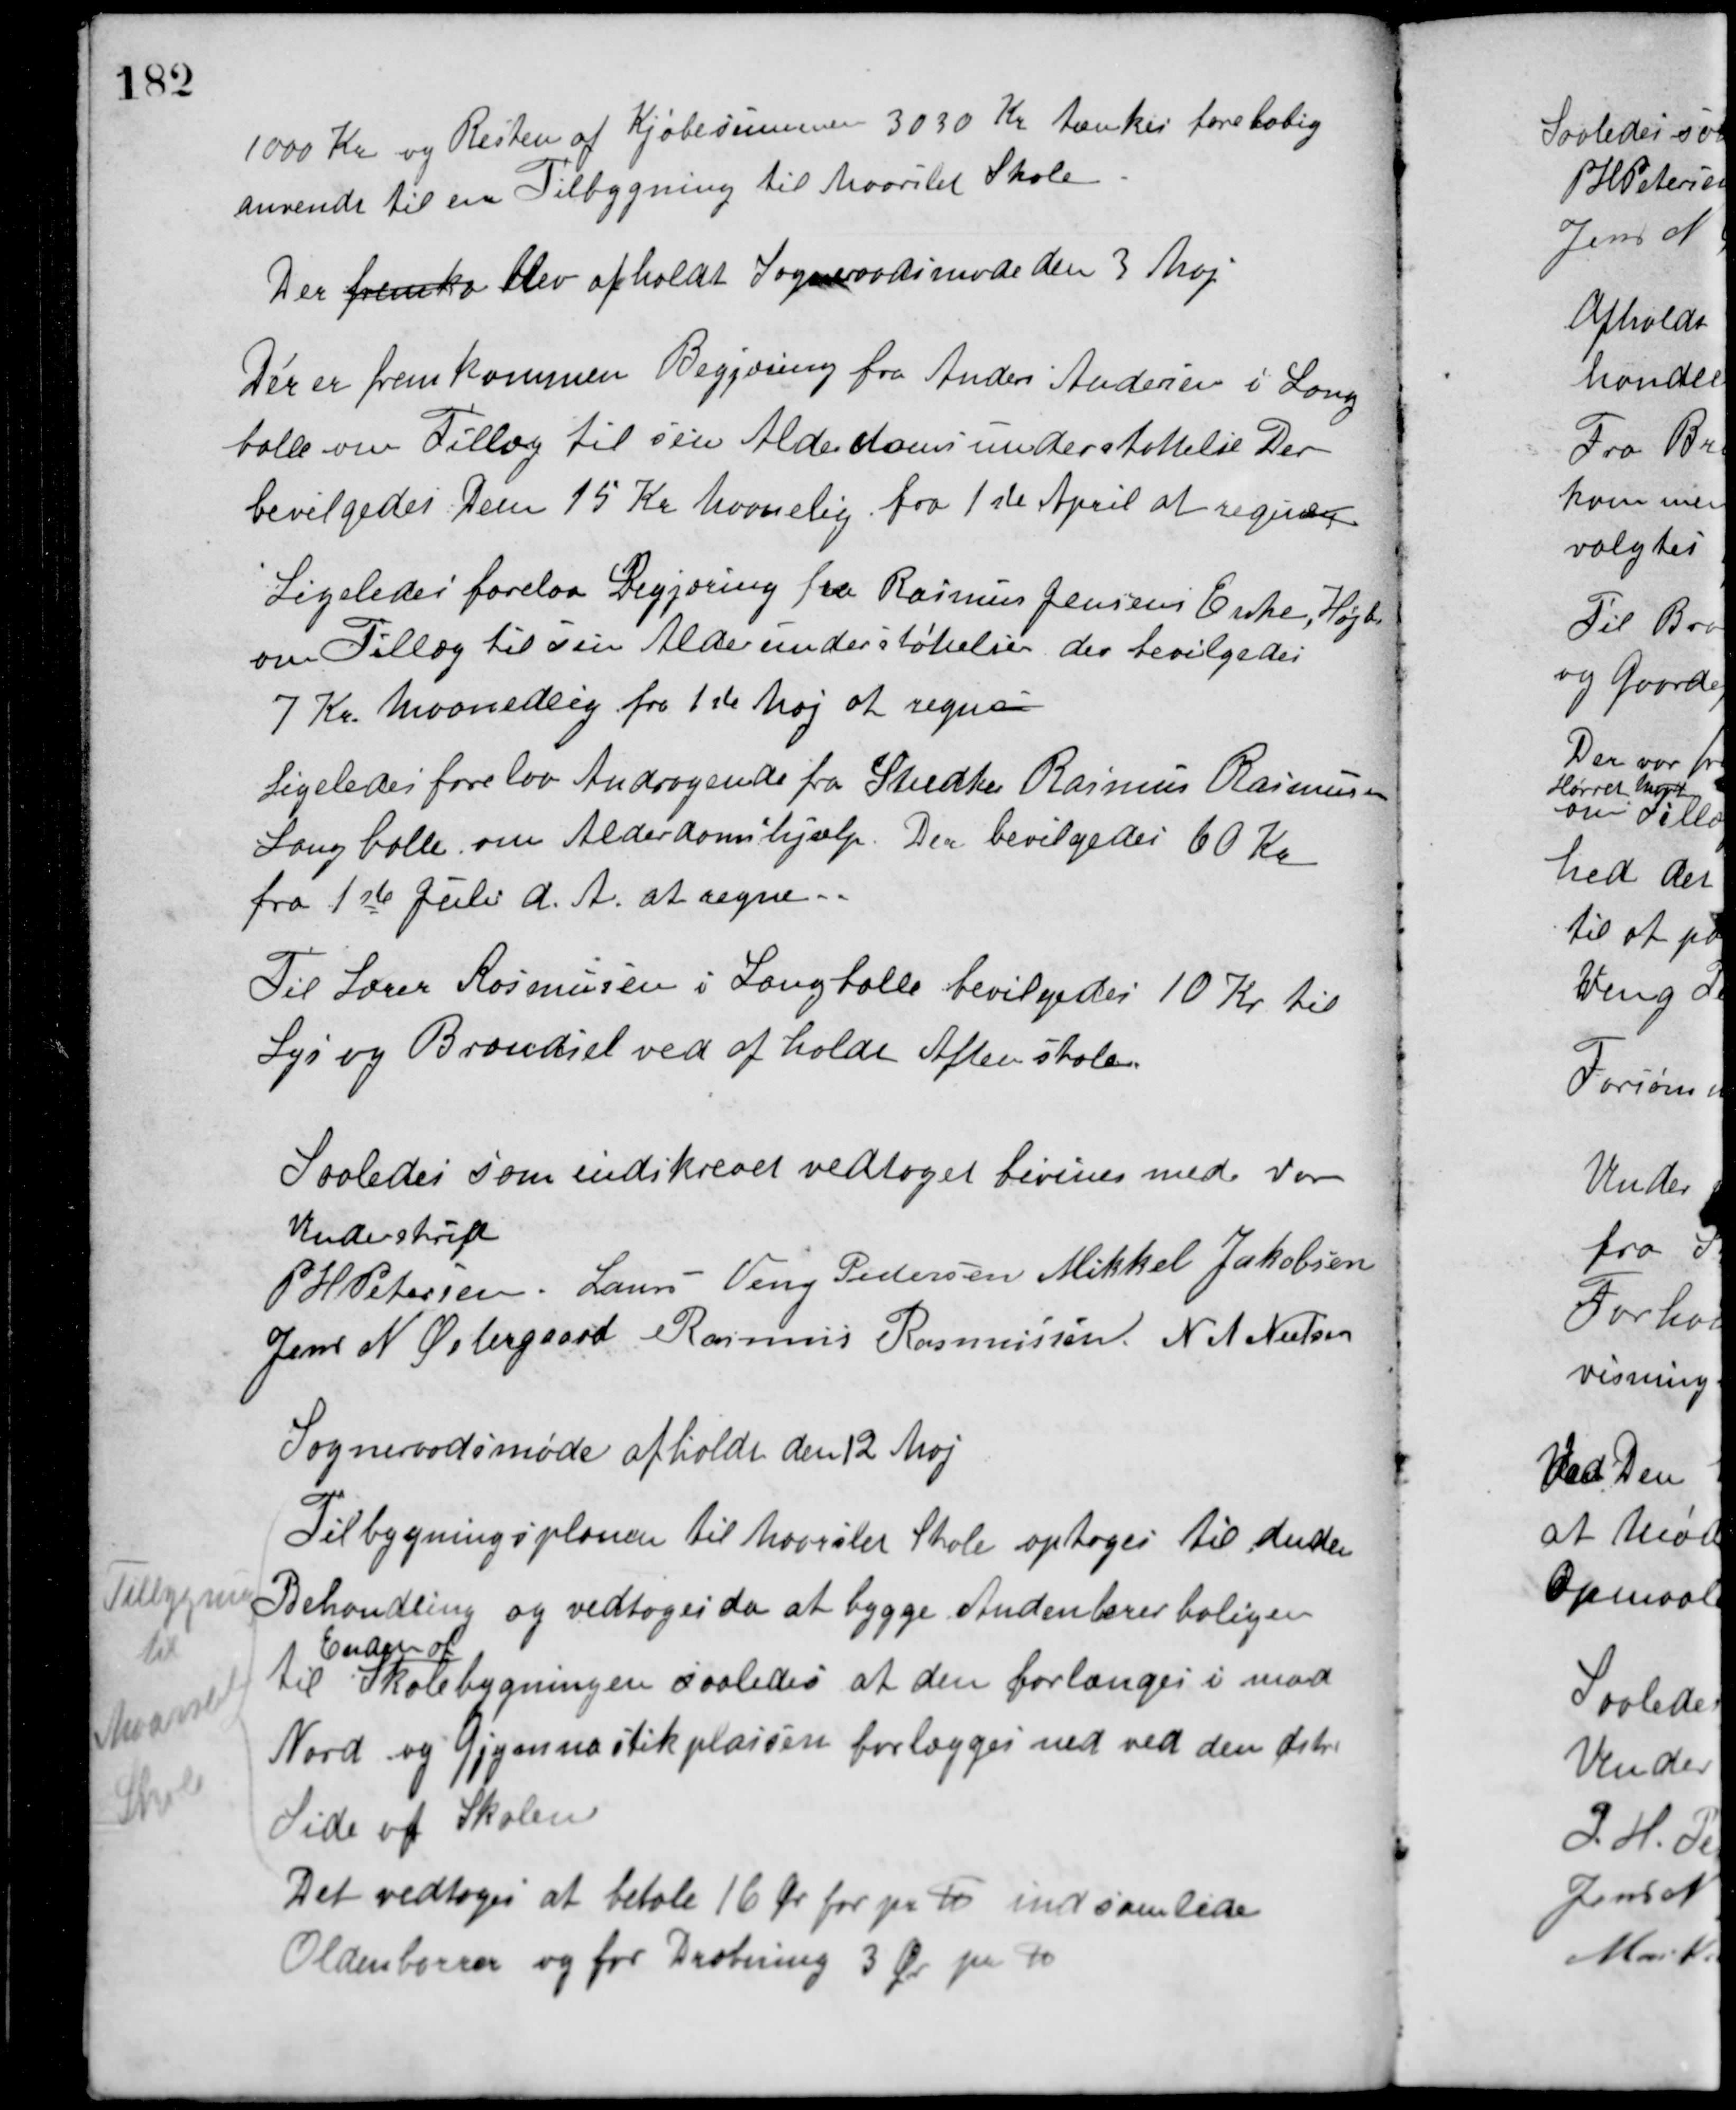
Transskription:
1000 Kr. og Resten af Kjøbesummen 3030 Kr. tænkes foreløbig
anvendt til en Tilbygning til Maarslet Skole.
Der fremka blev afholdt Sogneraadsmøde den 3 Maj
Der er fremkommen Begjæring fra Anders Andersen i Lang-
balle om Tillæg til sin Alderdomsunderstøttelse. Der
bevilgedes Dem 15 Kr. Maanedlig fra 1ste April at regne.
Ligeledes forelaa Begjæring fra Rasmus Jensens Enke, Højb.
om Tillæg til sin Aldersunderstøttelse, der bevilgedes
7 Kr. Maanedlig fra 1ste Maj at regne.
Ligeledes forelaa Andragende fra Snedker Rasmus Rasmussen
Langballe om Alderdomshjælp. Der bevilgedes 60 Kr.
fra 1ste Juli d. A. at regne.
Til Lærer Rasmussen i Langballe bevilgedes 10 Kr. til
Lys og Brændsel ved afholde Aftenskole.
Saaledes som indskrevet vedtaget bevidnes med vor
Underskrift.
P. H. Petersen Laurs Veng Pedersen Mikkel Jakobsen
Jens N. Østergaard Rasmus Rasmussen N. A. Nielsen
Sogneraadsmøde afholdt den 12 Maj.
Tilbygningsplanen til Maarslet Skole optoges til Anden
Behandling og vedtoges da at bygge Andenlærerboligen
til
Enden af
Skolebygningen saaledes at den forlænges i mod
Nord og Gymnastikplassen forlægges ned ved den østre
Side af Skolen
Tilbygning
til
Maarslet
Skole
Det vedtoges at betale 16 Øre for pr. ℔ indsamlede
Oldenborrer og for Dræbning 3 Øre pr. ℔.